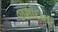
જશોદાના